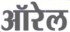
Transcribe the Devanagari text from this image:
ऑरेल